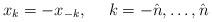
LaTeX: \begin{align*} x_k = -x_{-k}, \quad\ k = -\hat{n},\ldots,\hat{n}\end{align*}